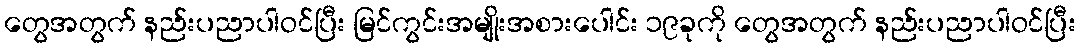
တွေအတွက် နည်းပညာပါဝင်ပြီး မြင်ကွင်းအမျိုးအစားပေါင်း ၁၉ခုကို တွေအတွက် နည်းပညာပါဝင်ပြီး